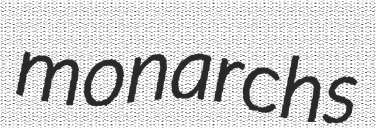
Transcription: monarchs